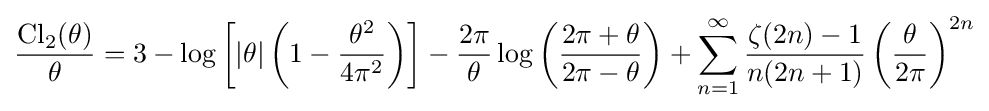
{\frac {\operatorname {Cl} _{2}(\theta )}{\theta }}=3-\log \left[|\theta |\left(1-{\frac {\theta ^{2}}{4\pi ^{2}}}\right)\right]-{\frac {2\pi }{\theta }}\log \left({\frac {2\pi +\theta }{2\pi -\theta }}\right)+\sum _{n=1}^{\infty }{\frac {\zeta (2n)-1}{n(2n+1)}}\left({\frac {\theta }{2\pi }}\right)^{2n}